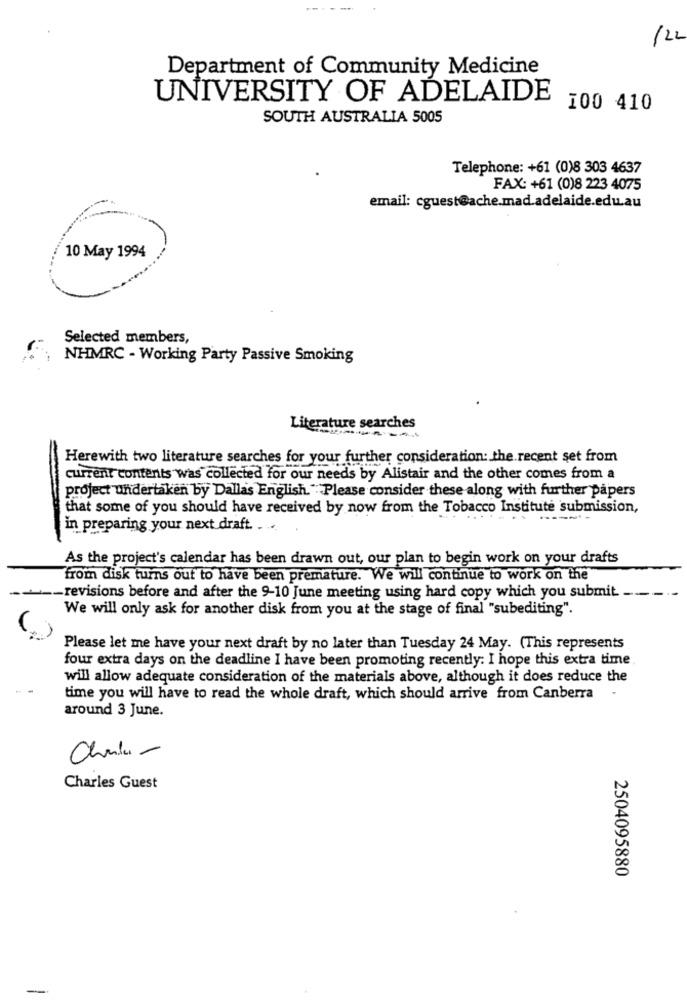
/22
Department of Community Medicine
UNIVERSITY OF ADELAIDE
100 410
SOUTH AUSTRALIA 5005
Telephone: +61 (0)8 303 4637
FAX: +61 (0)8 223 4075
email: cguest@ache.mad.adelaide.edu.au
10 May 1994
Selected members,
NHMRC - Working Party Passive Smoking
Literature searches
Herewith two literature searches for your further consideration: the recent set from
current contents was collected for our needs by Alistair and the other comes from a
project undertaken by Dallas English "Please consider these along with further papers
that some of you should have received by now from the Tobacco Institute submission,
in preparing your next draft. . ..
As the project's calendar has been drawn out, our plan to begin work on your drafts
from disk turns out to have been premature. We will continue to work on the
._ revisions before and after the 9-10 June meeting using hard copy which you submit
We will only ask for another disk from you at the stage of final "subediting".
Please let me have your next draft by no later than Tuesday 24 May. (This represents
four extra days on the deadline I have been promoting recently: I hope this extra time
will allow adequate consideration of the materials above, although it does reduce the
time you will have to read the whole draft, which should arrive from Canberra
around 3 June.
Chula -
Charles Guest
2504095880